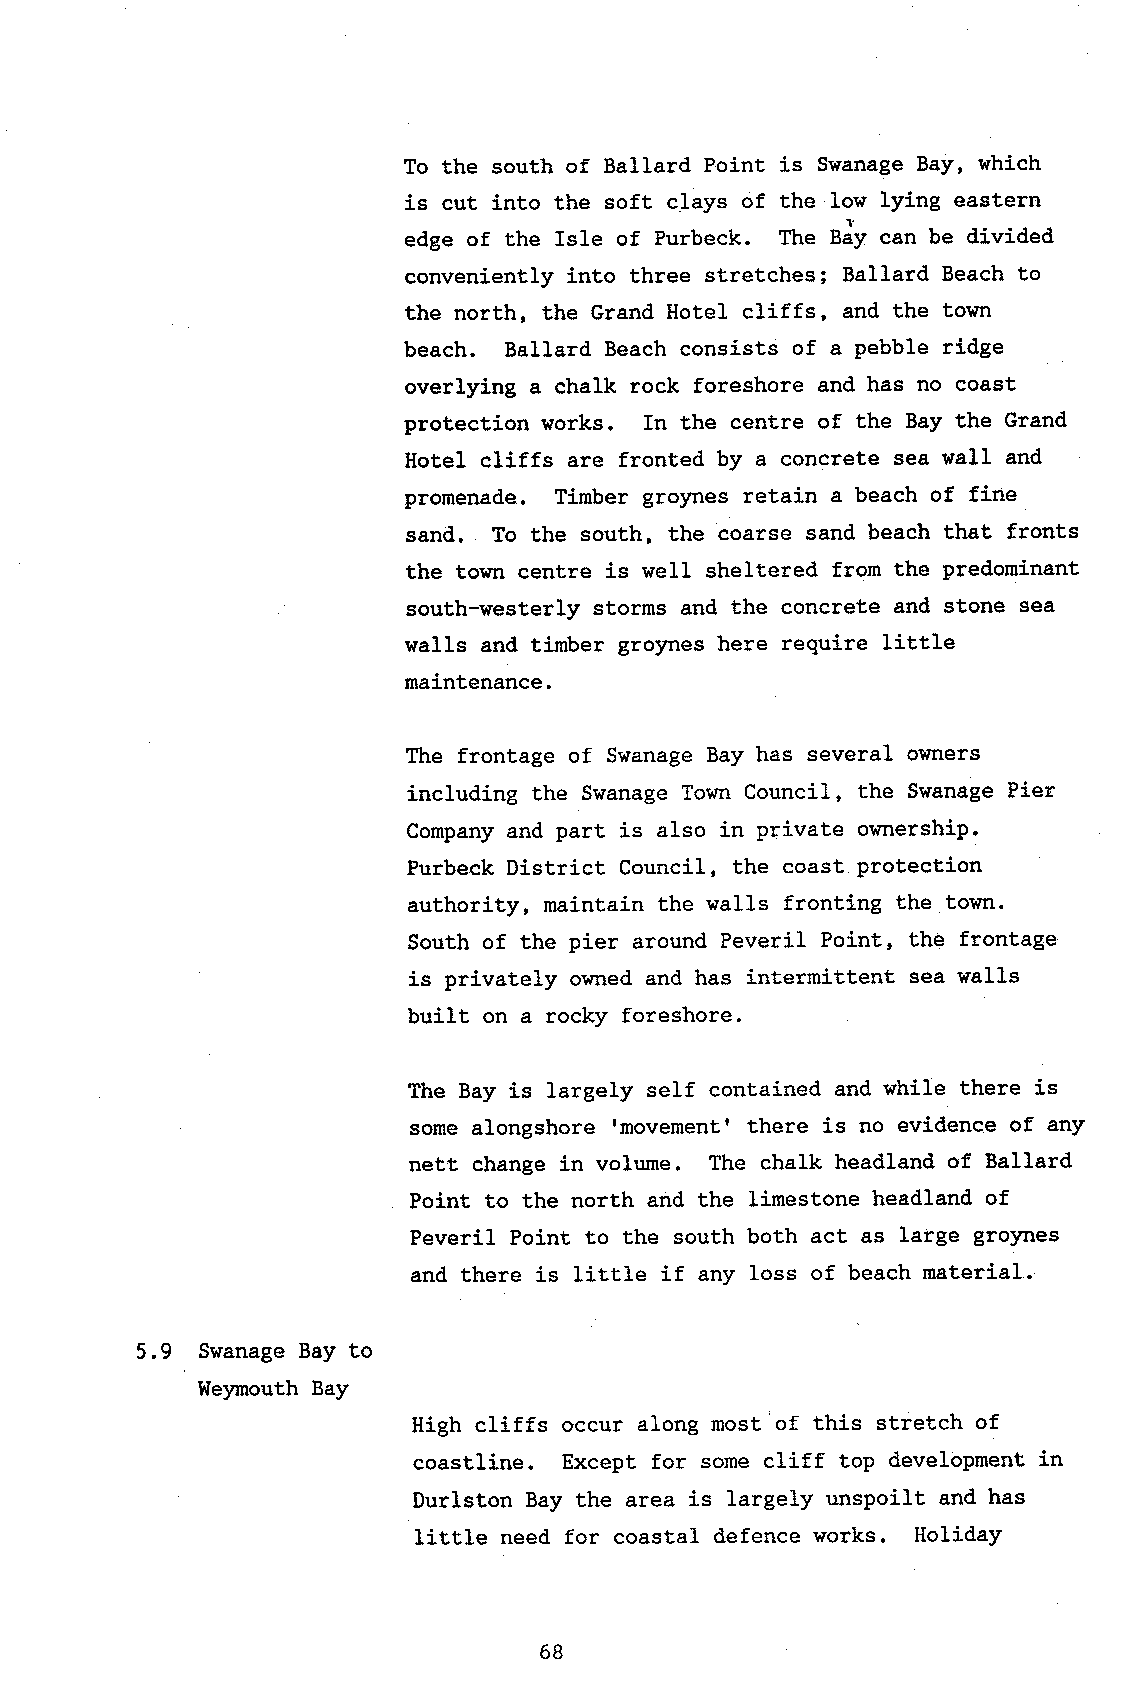
To the south of Ballard Point is Swanage Bay, which
 is cut into the soft clays of the low lying eastern
 edge of the IsIe of Purbeck. The BJlr can be divided
 conveniently into three stretches; Ballard Beach to
 the north, the Grand Hotel cliffs, and the town
 beach. BaIIard Beach consists of a pebble ridge
 overlying a chalk rock foreshore and has no coast
 protection works. In the centre of the Bay the Grand
 Hotel cliffs are fronted by a concrete sea walI and
 promenade. Timber groynes retain a beach of fine
 sand. To the south, the coarse sand beach that fronts
 the town centre is well sheltered from the predominant
 south-westerly storms and the concrete and stone sea
 walls and timber gro)mes here require little
 maintenance.
 The frontage of Swanage Bay has several owners
 including the Swanage Town Council, the Swanage Pier
 Company and part is also in private ownership.
 Purbeck District Council, the coast protection
 authority, maintain the walls fronting the town.
 South of the pier around Peveril Point, the frontage
 is privately owned and has intermittent sea walls
 built on a rocky foreshore.
 The Bay is largely self contained and while there is
 some alongshore tmovement' there is no evidence of any
 nett change in volume. The chalk headland of Ballard
 Point to the north and the limestone headland of
 Peveril Point to the south both act as large gro)mes
 and there is little if any loss of beach material.
 5.9 SwanageB ay to
 Weymouth Bay
 High cliffs occur along most of this stretch of
 coastline. Except for some eliff top development in
 Durlston Bay the area is largely unspoilt and has
 Iittle need for coastal defence works. Holiday
 68